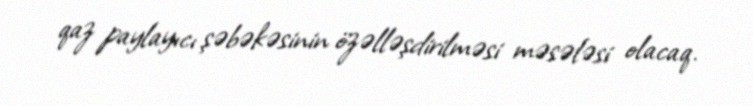
qaz paylayıcı şəbəkəsinin özəlləşdirilməsi məsələsi olacaq.